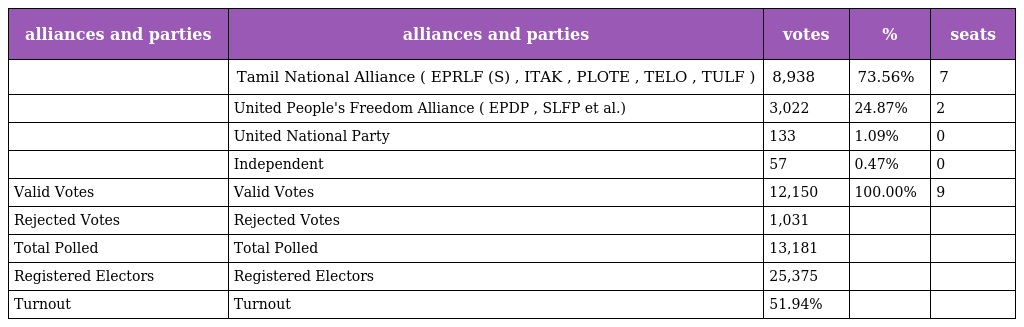
| alliances and parties | alliances and parties | votes | % | seats |
 | --- | --- | --- | --- | --- |
 |  | Tamil National Alliance ( EPRLF (S) , ITAK , PLOTE , TELO , TULF ) | 8,938 | 73.56% | 7 |
 |  | United People's Freedom Alliance ( EPDP , SLFP et al.) | 3,022 | 24.87% | 2 |
 |  | United National Party | 133 | 1.09% | 0 |
 |  | Independent | 57 | 0.47% | 0 |
 | Valid Votes | Valid Votes | 12,150 | 100.00% | 9 |
 | Rejected Votes | Rejected Votes | 1,031 |  |  |
 | Total Polled | Total Polled | 13,181 |  |  |
 | Registered Electors | Registered Electors | 25,375 |  |  |
 | Turnout | Turnout | 51.94% |  |  |